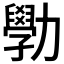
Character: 𫦾